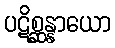
ပဋိစ္ဆန္နာယော